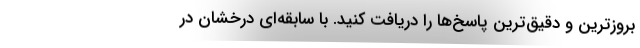
بروزترین و دقیق‌ترین پاسخ‌ها را دریافت کنید. با سابقه‌ای درخشان در